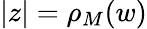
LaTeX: |z|=\rho_{M}(w)